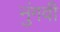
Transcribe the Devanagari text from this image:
नुंगवी